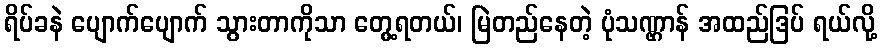
ရိပ်ခနဲ ပျောက်ပျောက် သွားတာကိုသာ တွေ့ရတယ်၊ မြဲတည်နေတဲ့ ပုံသဏ္ဌာန် အထည်ဒြပ် ရယ်လို့